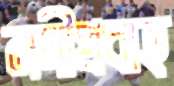
নদীপ্রবাহ